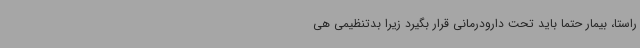
راستا، بیمار حتما باید تحت دارودرمانی قرار بگیرد زیرا بدتنظیمی هی